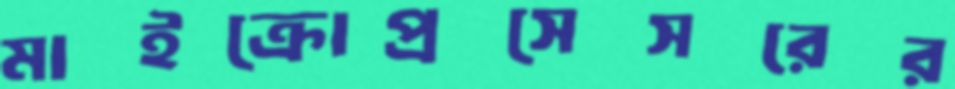
মাইক্রোপ্রসেসরের